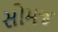
સોમજ